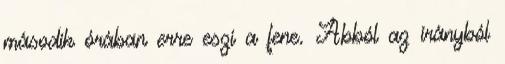
második órában erre eszi a fene. Abból az irányból